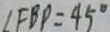
\angle F B P = 4 5 ^ { \circ }